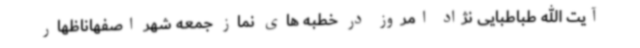
آیت الله طباطبایی نژاد امروز در خطبه های نماز جمعه شهر اصفهاناظهار